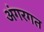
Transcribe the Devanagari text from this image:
अंगरगत